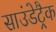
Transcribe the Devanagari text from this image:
साउंडेट्रैक